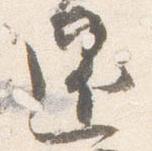
還